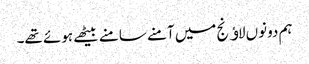
ہم دونوں لاﺅنج میں آمنے سامنے بیٹھے ہوئے تھے۔